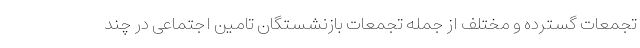
تجمعات گسترده و مختلف از جمله تجمعات بازنشستگان تامین اجتماعی در چند